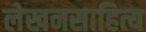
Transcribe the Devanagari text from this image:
लेखनसाहित्य